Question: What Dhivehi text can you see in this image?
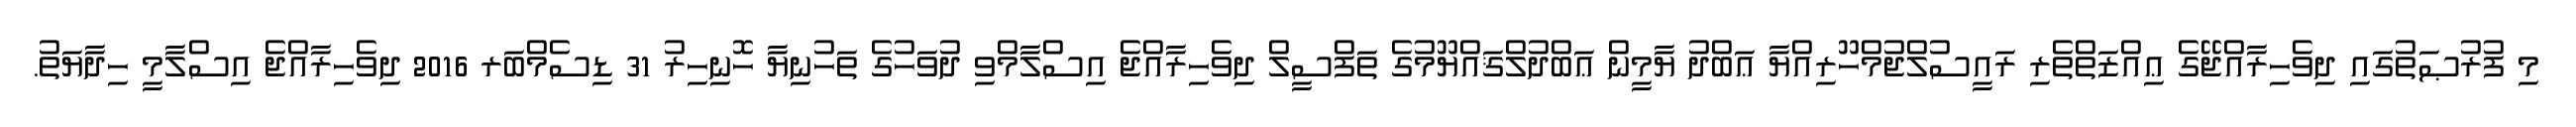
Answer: މި ފުރުޞަތުގައި ދިވެހިރާއްޖޭގެ ޢިއްޒަތްތެރި ރައީސުލްޖުމްހޫރިއްޔާ ޢަބްދު ޔާމީން ޢަބްދުލްޤައްޔޫމުގެ ތަފްސީލް ދިވެހިރާއްޖެ އިސްލާމްވި ދުވަހުގެ ތަހުނިޔާ ހޮނިހިރު 31 ޑިސެމްބަރ 2016 ދިވެހިރާއްޖެ އިސްލާމީ ހިދާޔަތު.